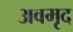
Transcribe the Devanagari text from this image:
अवमृद